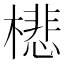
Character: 𣛥